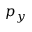
p _ { y }